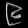
Digit: ၉